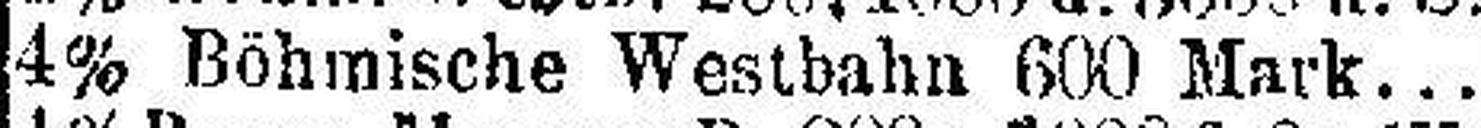
4% Böhmische Westbahn 600 Mark